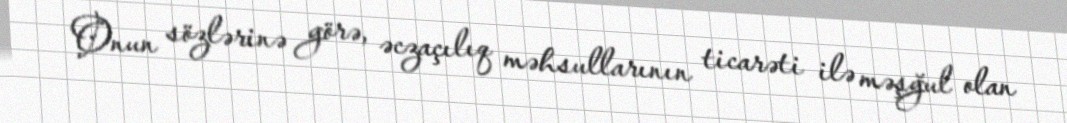
Onun sözlərinə görə, əczaçılıq məhsullarının ticarəti ilə məşğul olan